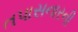
તપાસનારની